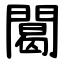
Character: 䦪